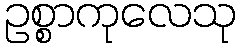
ဥစ္စာကုလေသု